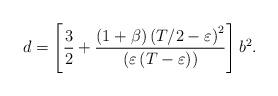
LaTeX: \begin{align*}d=\left[ \frac{3}{2}+\frac{\left( 1+\beta \right) \left( T/2-\varepsilon\right) ^{2}}{\left( \varepsilon \left( T-\varepsilon \right) \right) }\right] b^{2}. \end{align*}